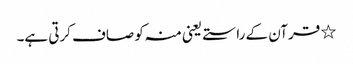
٭ قرآن کے راستے یعنی منہ کو صاف کرتی ہے۔